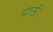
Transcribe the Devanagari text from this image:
पाऊँ।